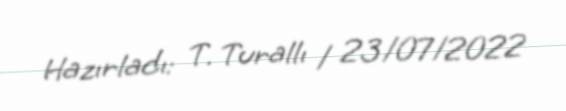
Hazırladı: T. Turallı / 23/07/2022